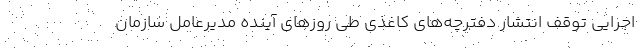
اجرایی توقف انتشار دفترچه‌های کاغذی طی روزهای آینده مدیرعامل سازمان